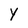
Character: Y